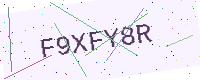
Text: F9XFY8R